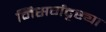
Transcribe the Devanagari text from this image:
निसर्गदृष्ट्या